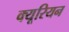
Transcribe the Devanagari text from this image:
क्यूरियन